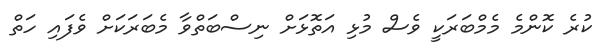
ކުރެ ކޮންމެ މެމްބަރަކީ ވެސް މުޅި އަތޮޅަށް ނިސްބަތްވާ މެބަރަކަށް ވެފައި ހަތް